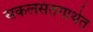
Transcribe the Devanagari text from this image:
सकलसंतगाथेत